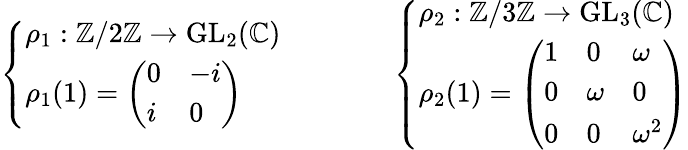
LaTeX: {\left\{ \begin{array}{ll}{\rho_{1}:\mathbb{Z}/2\mathbb{Z}\to{\mathrm{GL}}_{2}(\mathbb{C})}\\ {\rho_{1}(1)={\left(\begin{array}{ll}{0}&{-i}\\ {i}&{0}\end{array}\right)}}\end{array}\right.}\qquad\qquad{\left\{ \begin{array}{ll}{\rho_{2}:\mathbb{Z}/3\mathbb{Z}\to{\mathrm{GL}}_{3}(\mathbb{C})}\\ {\rho_{2}(1)={\left(\begin{array}{lll}{1}&{0}&{\omega}\\ {0}&{\omega}&{0}\\ {0}&{0}&{\omega^{2}}\end{array}\right)}}\end{array}\right.}